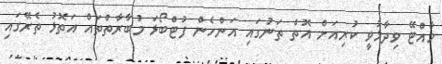
މާއްޓޭ ވިދާޅުވީ ކުރިއަށް އޮތް ތަނުގައި އަންހެން ފުޓްބޯޅަ މުބާރާތްތައް އަތޮޅު ތެރޭގައި